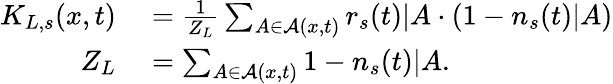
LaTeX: \begin{array}{rl}{K_{L,s}(x,t)}&{{}=\frac{1}{Z_{L}}\sum_{A\in\mathcal{A}(x,t)}r_{s}(t)|A\cdot(1-n_{s}(t)|A)}\\ {Z_{L}}&{{}=\sum_{A\in\mathcal{A}(x,t)}1-n_{s}(t)|A.}\end{array}